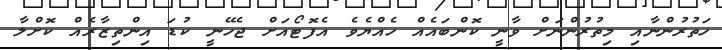
ހަތުރުންނާއި މިތުރުންނަށް ވާނީ ކޮންބައެއް ހެއްޔެވެ އެފޮޓޯއަށް ޖެހޭނީ ކުޑަ އިންތިޒާރެއް ކޮށްލާ